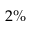
2 \%